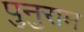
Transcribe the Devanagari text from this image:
पुनुराम